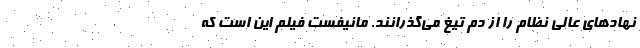
نهادهای عالی نظام را از دم تیغ می‌گذرانند. مانیفست فیلم این است که